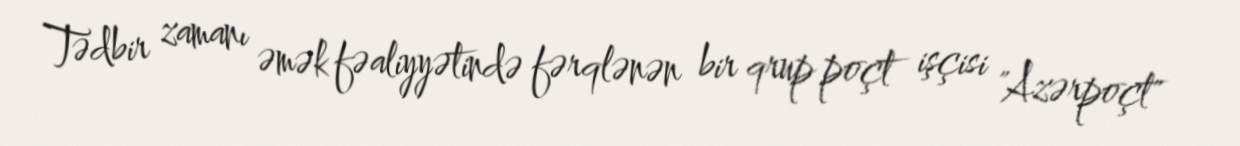
Tədbir zamanı əmək fəaliyyətində fərqlənən bir qrup poçt işçisi "Azərpoçt"